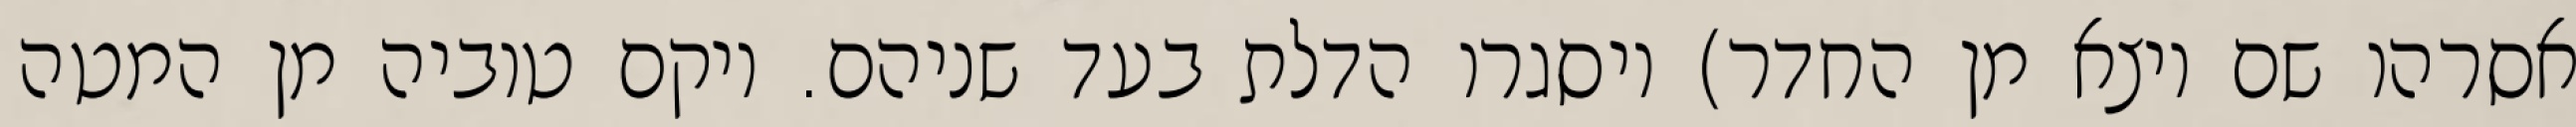
אסרהו שם ויצא מן החדר) ויסגרו הדלת בעד שניהם. ויקם טוביה מן המטה